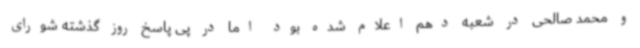
و محمد صالحی در شعبه دهم اعلام شده بود اما در پی پاسخ روز گذشته شورای